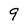
Character: 9